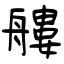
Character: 艛